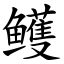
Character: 鳠